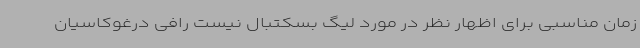
زمان مناسبی برای اظهار نظر در مورد لیگ بسکتبال نیست رافی درغوکاسیان